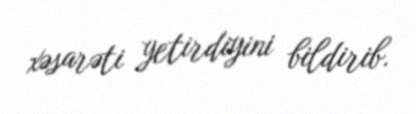
xəsarəti yetirdiyini bildirib.